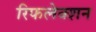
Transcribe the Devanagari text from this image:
रिफलेक्शन